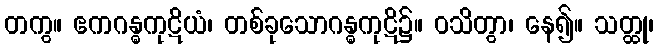
တကွ။ ဧကဂန္ဓကုဋိယံ၊ တစ်ခုသောဂန္ဓကုဋိ၌။ ဝသိတွာ၊ နေ၍။ သတ္ထု၊